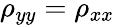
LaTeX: \rho_{yy}=\rho_{xx}